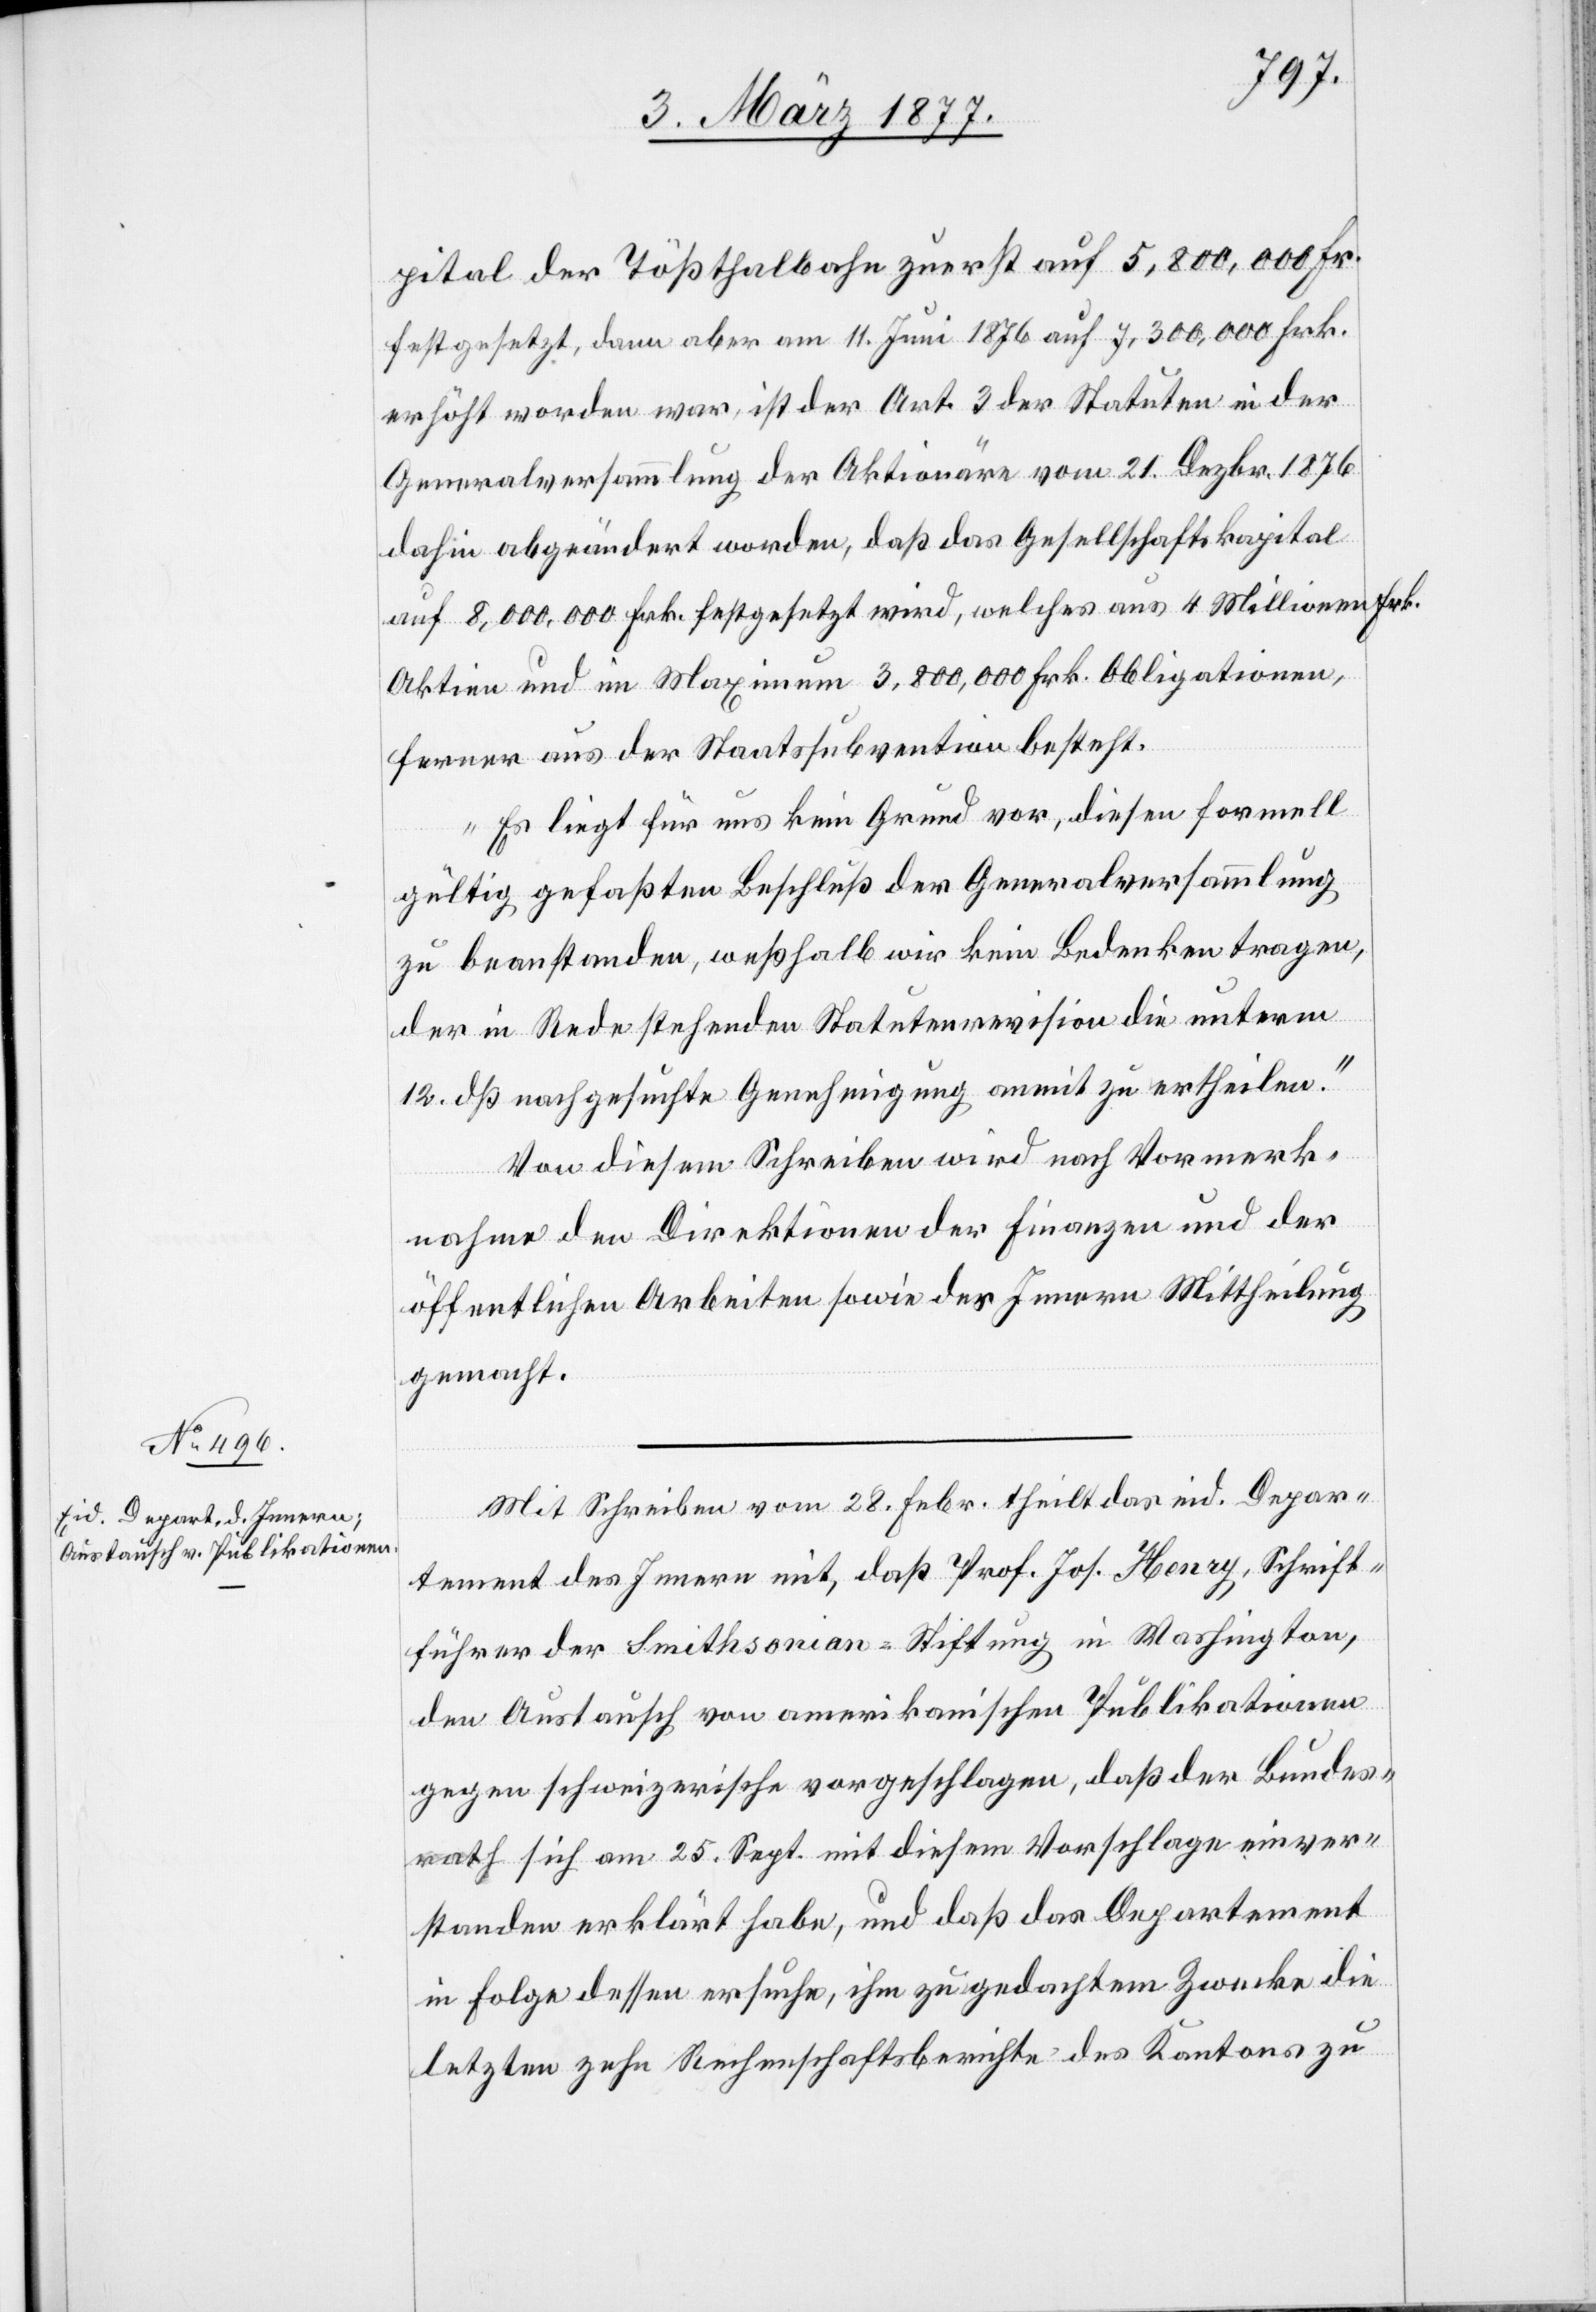
pital der Tößthalbahn zuerst auf 5,800,000 Fr.
festgesetzt, dann aber am 11. Juni 1876 auf 7,300,000 Frk.
erhöht worden war, ist der Art. 3 der Statuten in der
Generalversammlung der Aktionäre vom 21. Dezbr. 1876
dahin abgeändert worden, daß das Gesellschaftskapital
auf 8,000,000 Frk. festgesetzt wird, welches aus 4 Millionen Frk.
Aktien und im Maximum 3,800,000 Frk. Obligationen,
ferner aus der Staatssubvention besteht.
Es liegt für uns kein Grund vor, diesen formell
gültig gefaßten Beschluß der Generalversammlung
zu beanstanden, weßhalb wir kein Bedenken tragen,
der in Rede stehenden Statutenrevision die unterm
12. dß nachgesuchte Genehmigung anmit zu ertheilen.“
Von diesem Schreiben wird nach Vormerk¬
nahme den Direktionen der Finanzen und der
öffentlichen Arbeiten sowie des Innern Mittheilung
gemacht.
Mit Schreiben vom 28. Febr. theilt das eid. Depar¬
tement des Innern mit, daß Prof. Jos. Henry, Schrift¬
führer der Smithsonian-Stiftung in Washington,
den Austausch von amerikanischen Publikationen
gegen schweizerische vorgeschlagen, daß der Bundes¬
rath sich am 25. Sept. mit diesem Vorschlage einver¬
standen erklärt habe, und daß das Departement
in Folge dessen ersuche, ihm zu gedachtem Zwecke die
letzten zehn Rechenschaftsberichte des Kantons zu